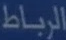
الرباط